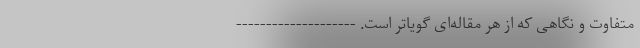
متفاوت و نگاهی که از هر مقاله‌ای گویاتر است. --------------------